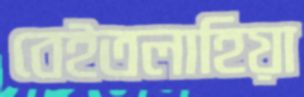
বেইতলাহিয়া